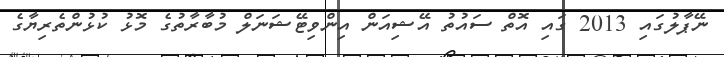
ނޭޕާލުގައި 2013 ގައި އޮތް ސައުތު އޭޝިއަން އިންވިޓޭޝަނަލް މުބާރާތުގެ މޮޅު ކުޅުންތެރިޔާގެ